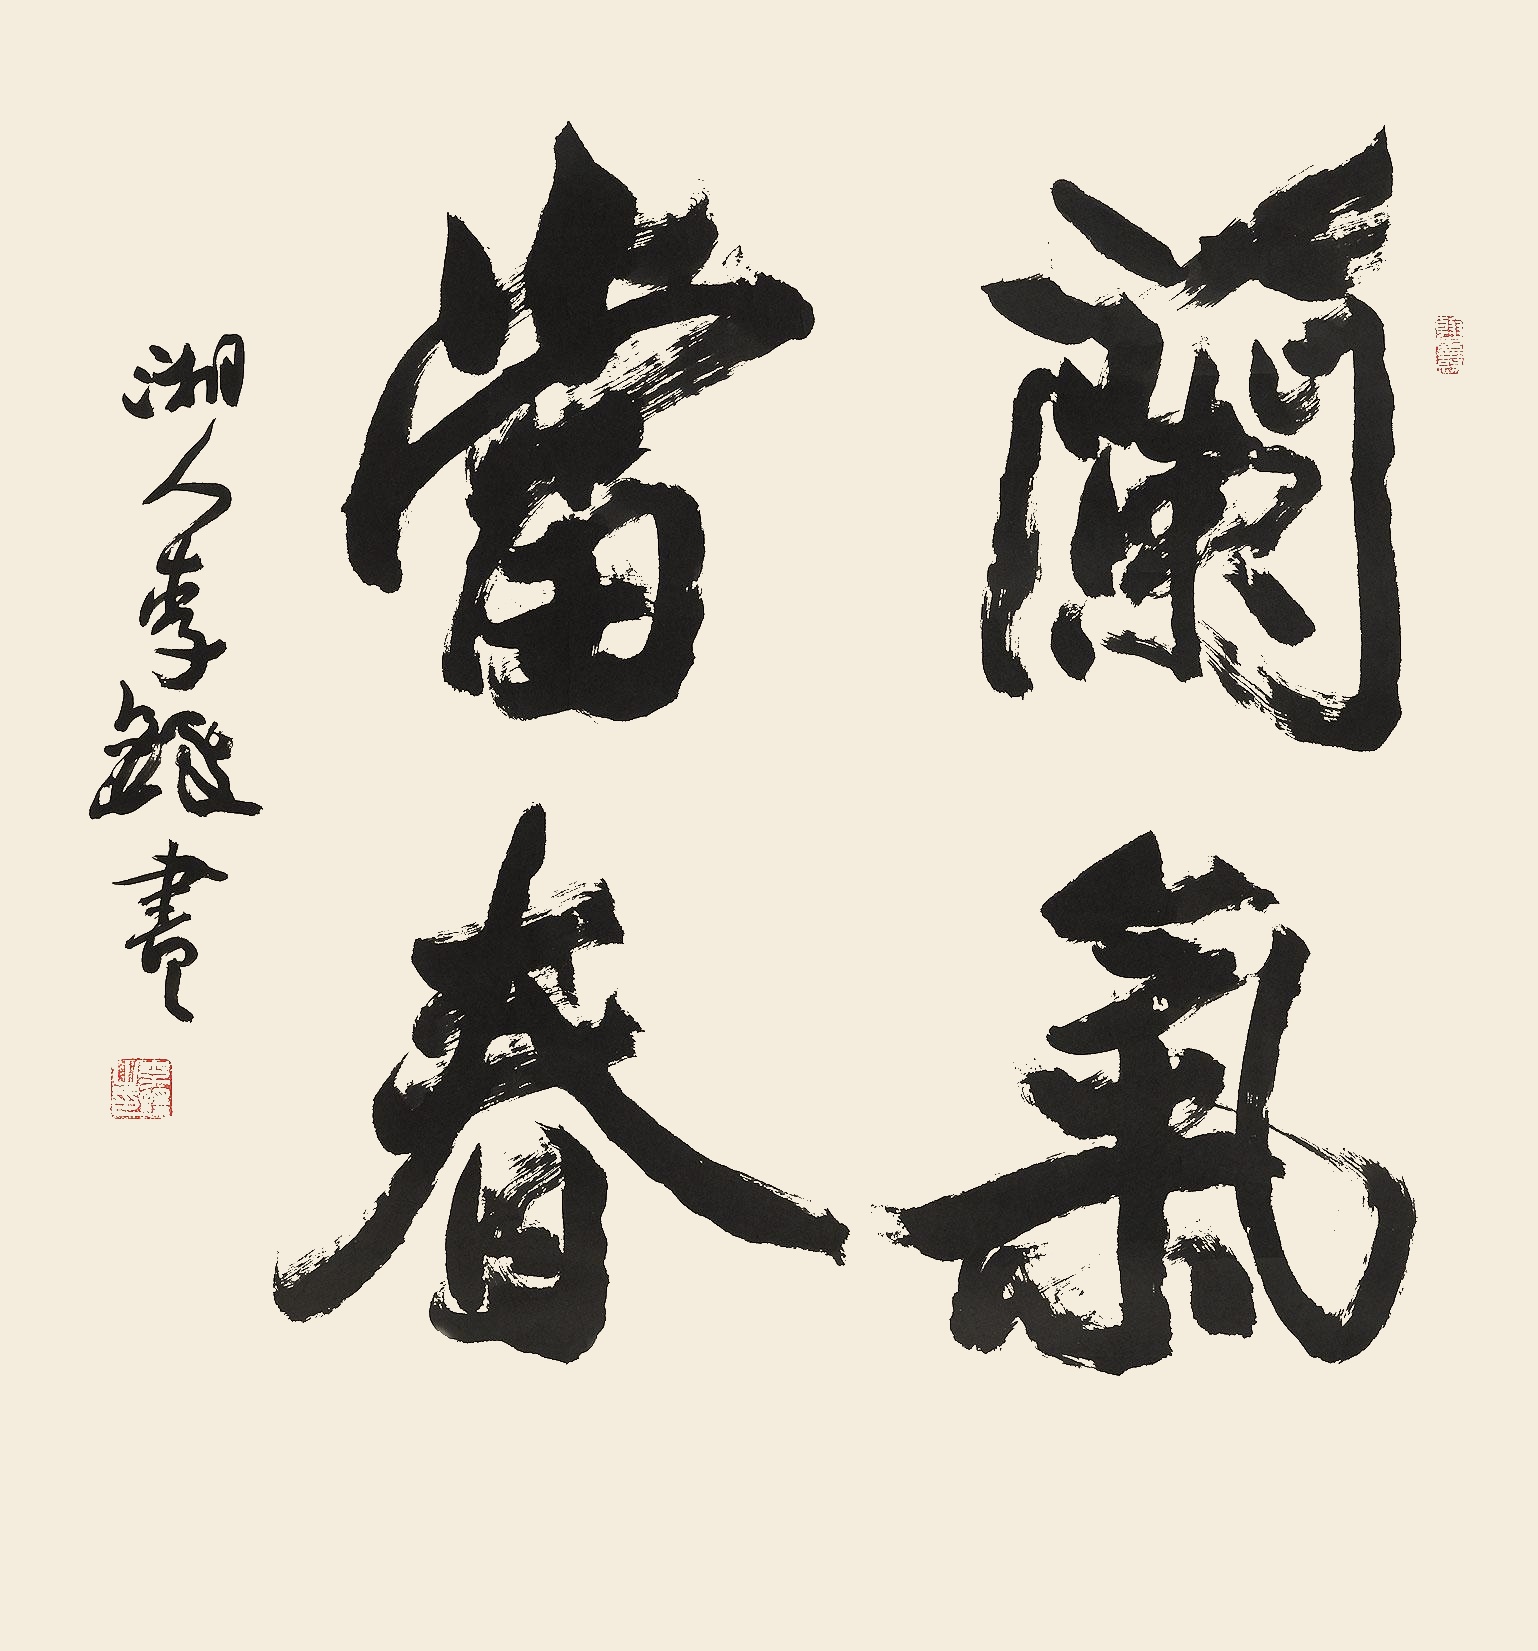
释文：兰气当春。湘人李铎书。